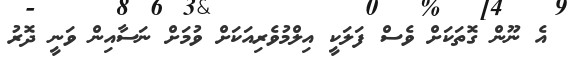
އެ ނޫން ގޮތަކަށް ވެސް ފަލަކީ އިލްމުވެރިއަކަށް ވުމަށް ނަސާއިން ވަނީ ދޮރު